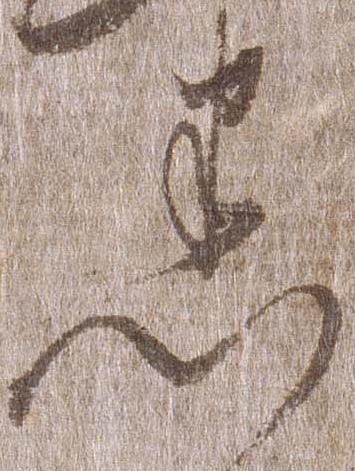
悉